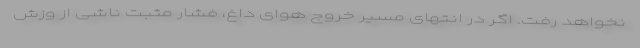
نخواهد رفت. اگر در انتهای مسیر خروج هوای داغ، فشار مثبت ناشی از وزش